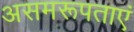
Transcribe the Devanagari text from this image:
असमरूपताएं